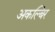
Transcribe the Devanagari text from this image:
अकल्बिर